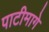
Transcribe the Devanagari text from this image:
पाटीमागे